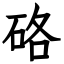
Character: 硌